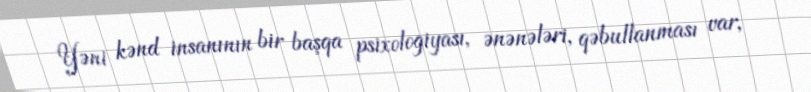
Yəni kənd insanının bir başqa psixologiyası, ənənələri, qəbullanması var,